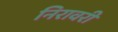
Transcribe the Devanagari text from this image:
निरावरी